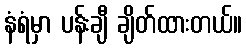
နံရံမှာ ပန်းချီ ချိတ်ထားတယ်။